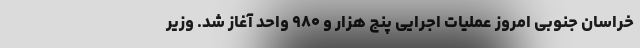
خراسان جنوبی امروز عملیات اجرایی پنج هزار و ۹۸۰ واحد آغاز شد. وزیر